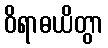
ဝိရာဓယိတွာ